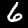
Digit: 6